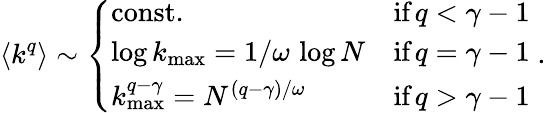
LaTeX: \langle k^{q}\rangle\sim\left\{ \begin{array}{ll}{\textrm{const.}}&{\textrm{if}\, q<\gamma-1}\\ {\log k_{\operatorname*{max}}=1/\omega\, \log N}&{\textrm{if}\, q=\gamma-1}\\ {k_{\operatorname*{max}}^{q-\gamma}=N^{(q-\gamma)/\omega}}&{\textrm{if}\, q>\gamma-1}\end{array}\right.\; .